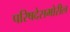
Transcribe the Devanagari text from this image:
परिषदेसमोरील